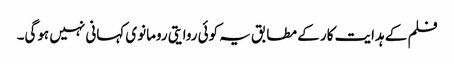
فلم کے ہدایت کار کے مطابق یہ کوئی روایتی رومانوی کہانی نہیں ہوگی۔